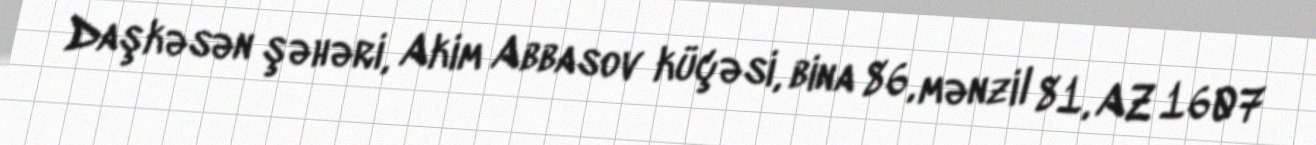
Daşkəsən şəhəri, Akim Abbasov küçəsi, bina 86, mənzil 81, AZ 1607